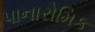
પાનારોમિક